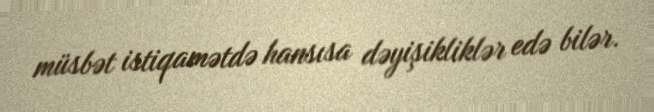
müsbət istiqamətdə hansısa dəyişikliklər edə bilər.